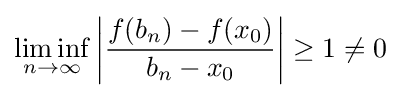
\liminf _{n\to \infty }\left|{\frac {f(b_{n})-f(x_{0})}{b_{n}-x_{0}}}\right|\geq 1\neq 0